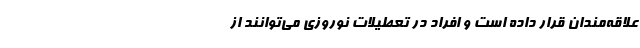
علاقه‌مندان قرار داده است و افراد در تعطیلات نوروزی می‌توانند از